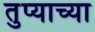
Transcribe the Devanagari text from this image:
तुप्याच्या